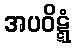
အပဝိဋ္ဋံ